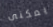
يمكنى